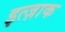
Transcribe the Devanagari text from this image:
इत्ज़ाक